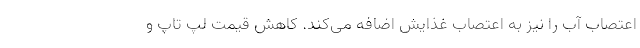
اعتصاب آب را نیز به اعتصاب غذایش اضافه می‌کند. کاهش قیمت لپ تاپ و